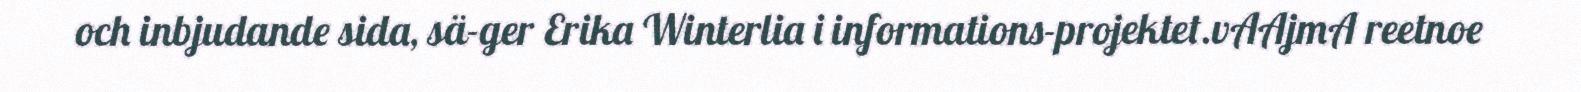
och inbjudande sida, sä-ger Erika Winterlia i informations-projektet.vAAjmA reetnoe